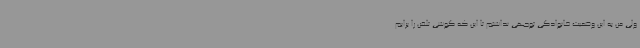
ولی من به این وضعیت خانوادگی توجهی نداشتم تا این که گوشی تلفن را برایم